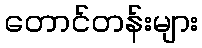
တောင်တန်းများ